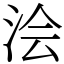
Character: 浍